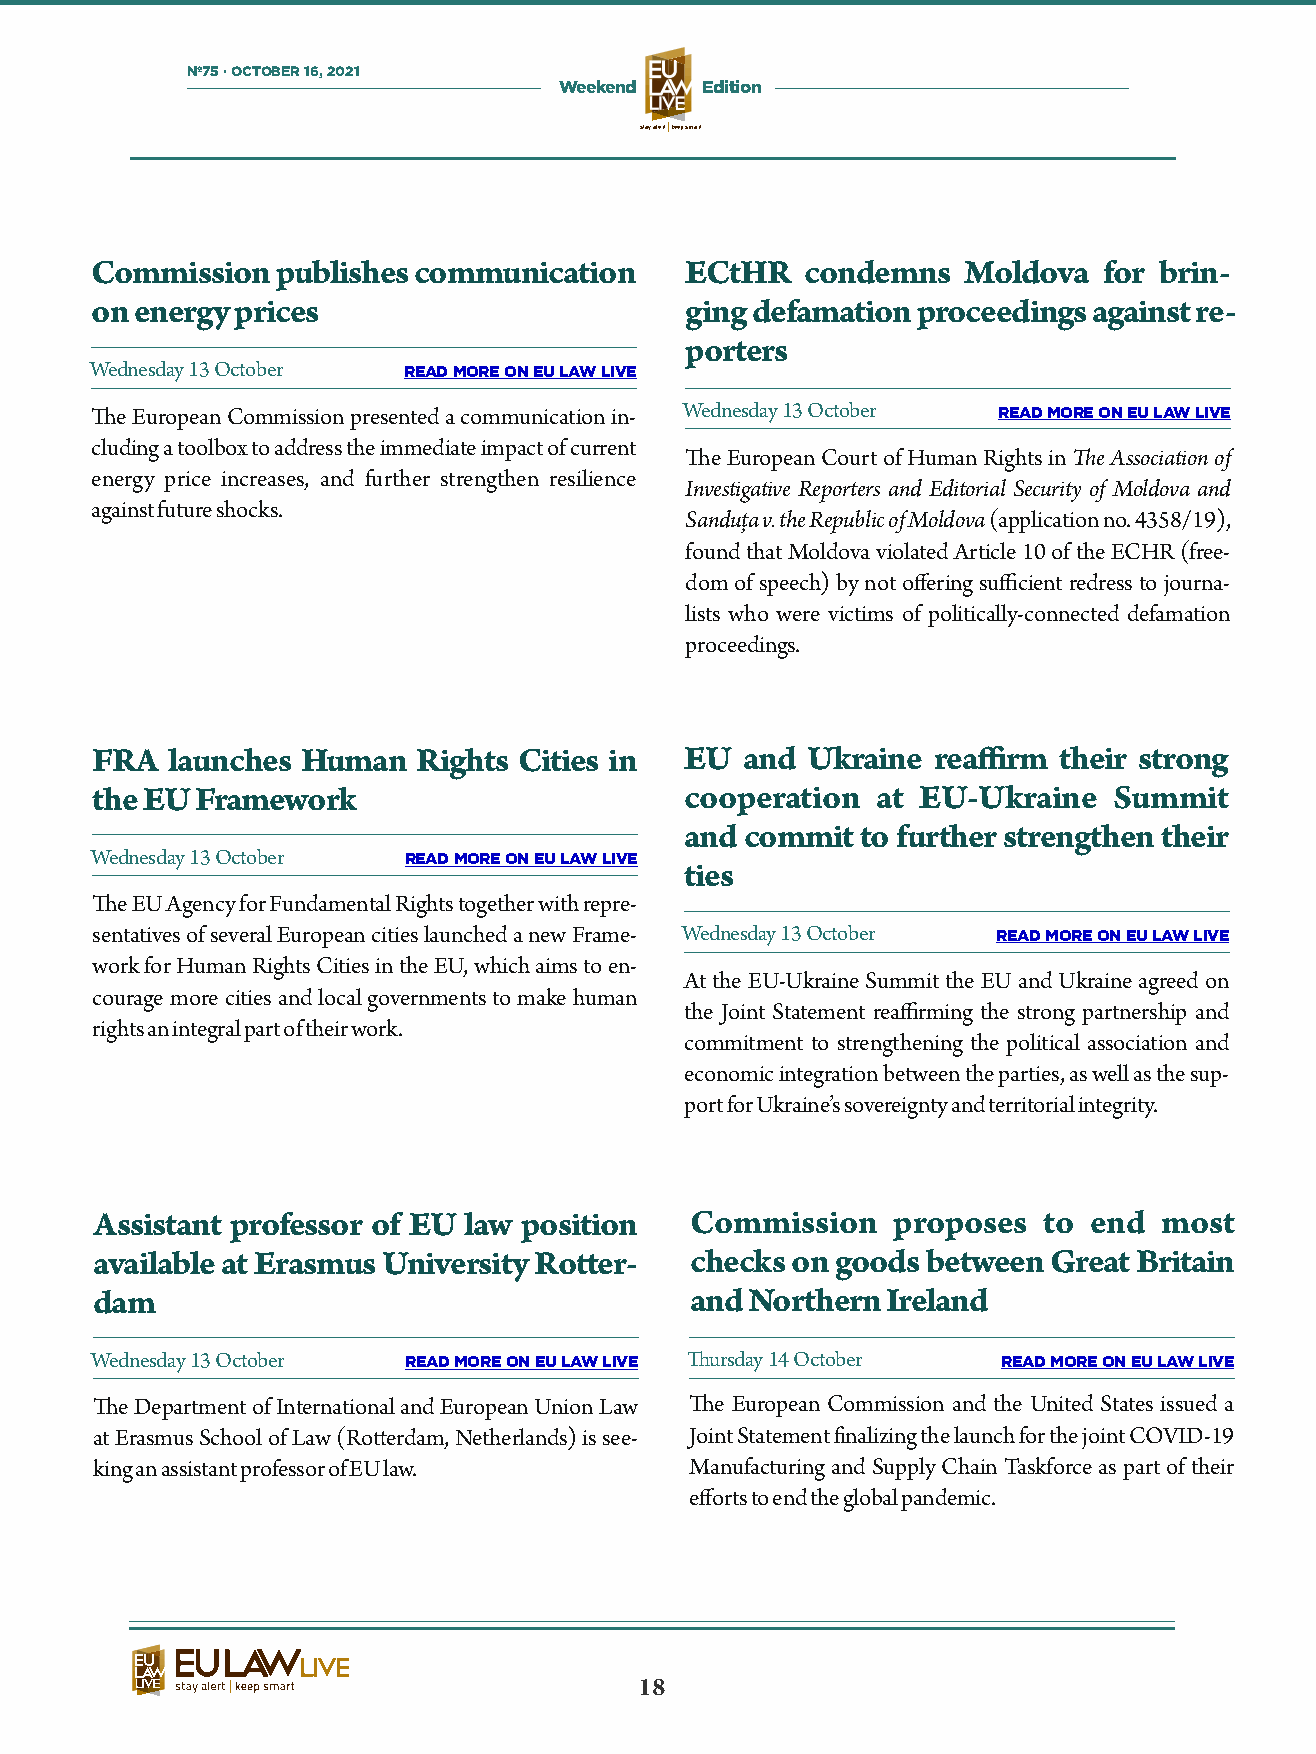
Nº75 · OCTOBER 16, 2021
 Weekend  Edition
 stay alertkeep smart
 Commission  publishes communication    ECtHR   condemns   Moldova  for brin-
 on energy prices                       ging defamation proceedings against re-
 porters
 Wednesday 13 October READ MORE ON EU LAW LIVE
 e European Commission presented a communication in- Wednesday 13 October READ MORE ON EU LAW LIVE
 cluding a toolbox to address the immediate impact of current
 e European Court of Human Rights in e Association of
 energy price increases, and further strengthen resilience
 Investigative Reporters and Editorial Security of Moldova and
 against future shocks.
 Sanduța v. the Republic of Moldova (application no. 4358/19),
 found that Moldova violated Article 10 of the ECHR (free-
 dom of speech) by not offering sufficient redress to journa-
 lists who were victims of politically-connected defamation
 proceedings.
 F   launches Human   Rights Cities in EU  and Ukraine  reaffirm their strong
 the EU Framework                       cooperation  at EU-Ukraine   Summit
 and commit  to further strengthen their
 Wednesday 13 October READ MORE ON EU LAW LIVE
 ties
 e EU Agency for Fundamental Rights together with repre-
 sentatives of several European cities launched a new Frame- Wednesday 13 October READ MORE ON EU LAW LIVE
 work for Human Rights Cities in the EU, which aims to en-
 At the EU-Ukraine Summit the EU and Ukraine agreed on
 courage more cities and local governments to make human
 the Joint Statement reaffirming the strong partnership and
 rights an integral part of their work.
 commitment to strengthening the political association and
 economic integration between the parties, as well as the sup-
 port for Ukraine’s sovereignty and territorial integrity.
 Assistant professor of EU law position  Commission   proposes  to end  most
 available at Erasmus University Roer-  checks on goods between Great Britain
 dam                                     and Northern Ireland
 Wednesday 13 October READ MORE ON EU LAW LIVE ursday 14 October READ MORE ON EU LAW LIVE
 e Department of International and European Union Law e European Commission and the United States issued a
 at Erasmus School of Law (Roerdam, Netherlands) is see- Joint Statement nalizing the launch for the joint COVID-19
 king an assistant professor of EU law.  Manufacturing and Supply Chain Taskforce as part of their
 efforts to end the global pandemic.
 18